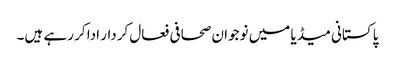
پاکستانی میڈیا میں نوجوان صحافی فعال کردار ادا کر رہے ہیں۔